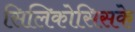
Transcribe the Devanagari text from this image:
सिलिकोसिसके